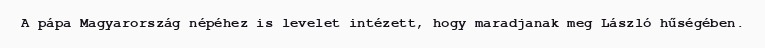
A pápa Magyarország népéhez is levelet intézett, hogy maradjanak meg László hűségében.